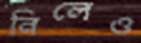
নিলেও